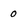
Character: 0